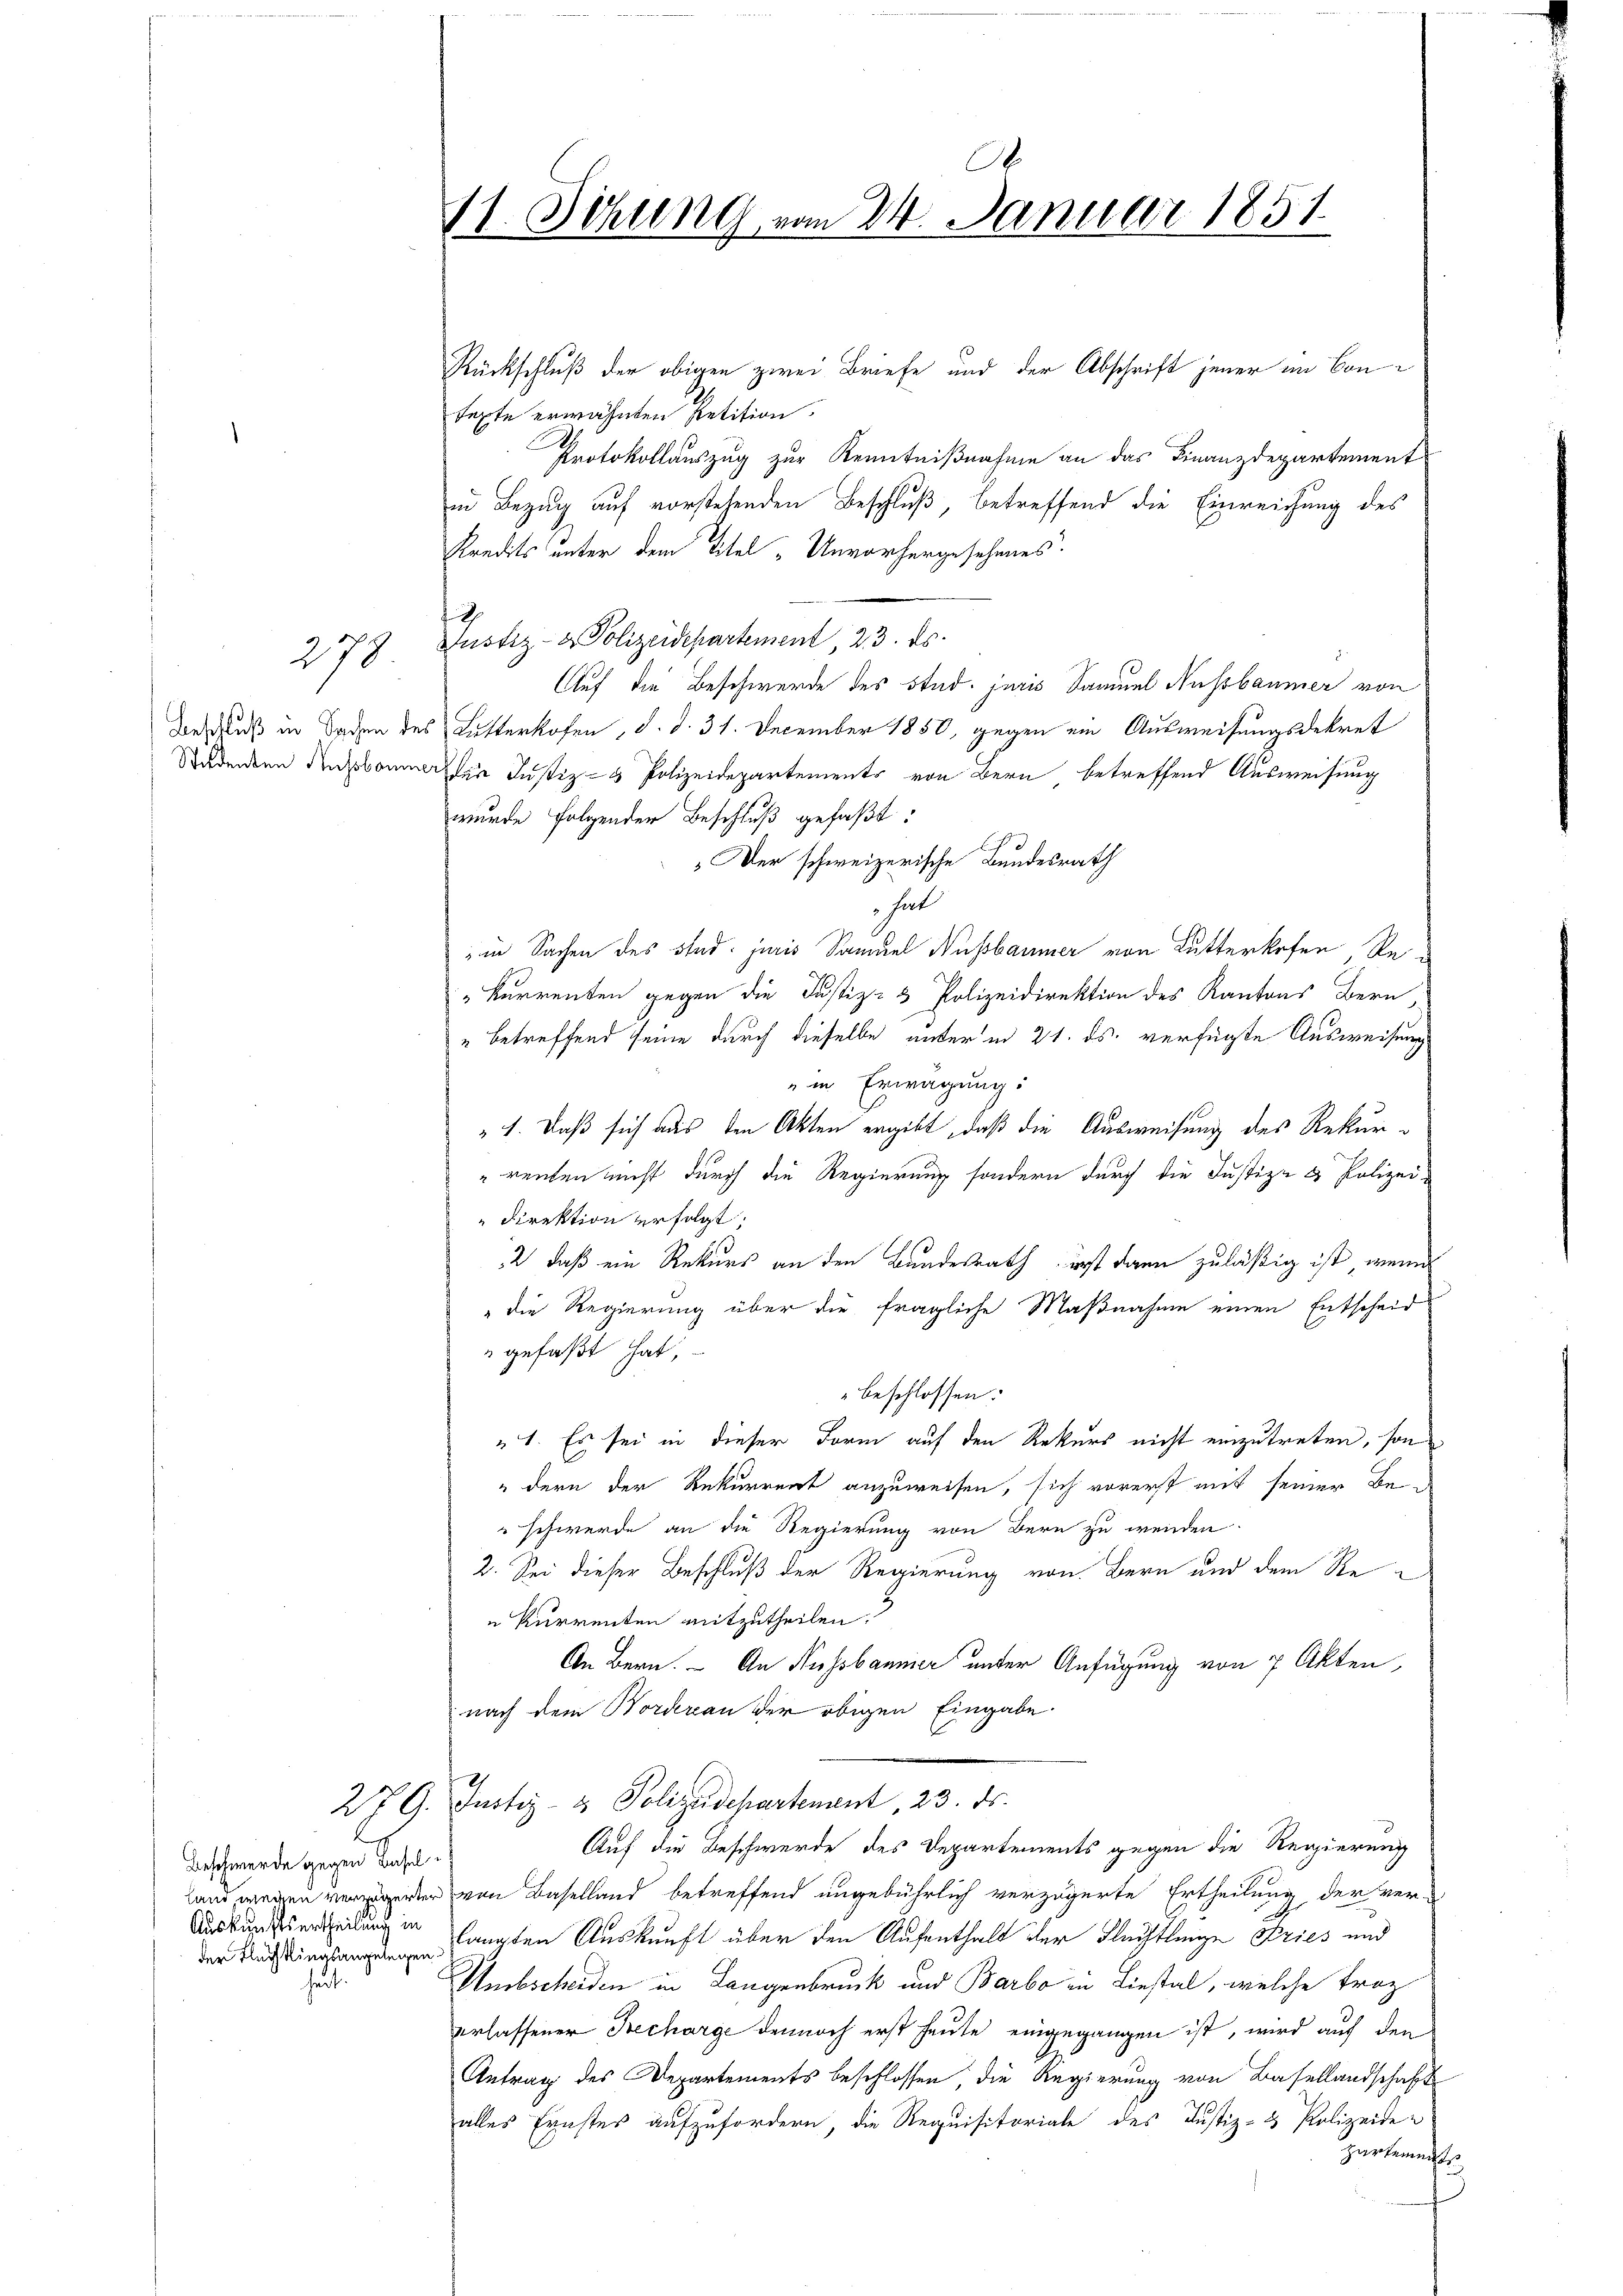
270

Stidenten Russbaums

Beschwerde gegen Basel
Auskunftsurtheilung in
¬

.
17. Sitzung vom 24. Januar 1851

Rückschluß der obigen zwei Briefe und der Abschrift jener ein Contexte erwähnten Petition.
Protokollauszug zur Kenntnißnahme an das Finanzdepartement
in Bezug auf vorstehenden Beschluß, betreffend die Einreichung des
Kredits unter dem Titel „Unvorhergesehenes.
d
Justiz- & Polizeidepartement, 23. ds.
Auf die Beschwerde des Stud. juris Samuel Nussbaumer von
Beschluß in Baden des Lutterkofen, d. d. 31. December 1850, gegen ein Ausweisungsdekret
ader Justiz- & Polizeidepartements von Bern betreffend Ausweisung
wurde folgender Beschluß gefaßt:
 Der schweizerische Bundesrath
hat
in Sachen des sind. juris Samuel Nussbaumer von Lutterkofen, Re¬
"kurrenten gegen die Justiz- & Polizeidirektion des Kantons Bern
" betreffend seine durch dieselbe unter in 21. ds. verfügte Ausweisung
in Erwägung:
" 1. Daß sich aus den Akten ergibt, daß die Ausweisung des Rekur¬
" renten nicht durch die Regierung sondern durch die Justiz- & Polizei¬
Direktion erfolgt:
2 daß ein Rekurs an den Bundesrath erst dann zuläßig ist, wenn
" die Regierung über die fragliche Maßnahme einen Entscheid
 gefaßt hat,
beschlossen:
1. Es sei in dieser Form auf den Rekurs nicht einzutreten, son¬
"dern der Rekurrent anzuweisen, sich vorerst mit seiner Be¬
" schwerde an die Regierung von Bern zu werden.
2. Sei dieser Beschluß der Regierung von Bern und dem Re
u kurrenten mitzutheilen.
An Bern. – An Fussbaumer unter Anfügung von 7 Akten,
nach dem Norderan der obigen Eingabe
27 G. Justiz- & Polizudepartement 23. ds.
Auf die Beschwerde des Departements gegen die Regierung
 erer von Baselland betreffend ungebührlich verzögerte Ertheilung der verderlangten Auskunft über den Aufenthalt der Flechtlinge Pries und
Umbscheiden in Langenbruck und Barbo in Liestal, welche Troz
erlassener Becharge dennoch erst heute eingegangen ist, wird auf den
Antrag des Departements beschlossen, die Regierung von Basellandschaft
alles Ernstes aufzufordern, die Requisitoriale des Justiz- & Polizeide
zartements